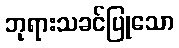
ဘုရားသခင်ပြုသော